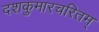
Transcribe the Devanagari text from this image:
दशकुमारचरितम्